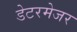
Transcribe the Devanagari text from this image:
डेटरमेजर